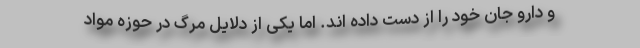
و دارو جان خود را از دست داده اند. اما یکی از دلایل مرگ در حوزه مواد